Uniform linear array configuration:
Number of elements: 12
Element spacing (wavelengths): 0.5
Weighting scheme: kaiser
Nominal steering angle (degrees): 15
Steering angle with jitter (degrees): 15.32
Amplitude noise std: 0.05
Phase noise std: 0.05

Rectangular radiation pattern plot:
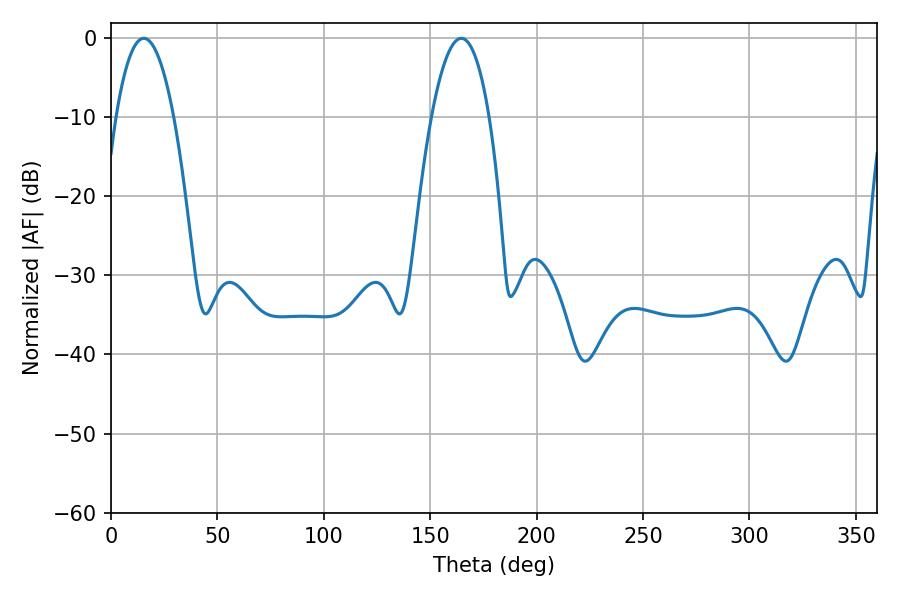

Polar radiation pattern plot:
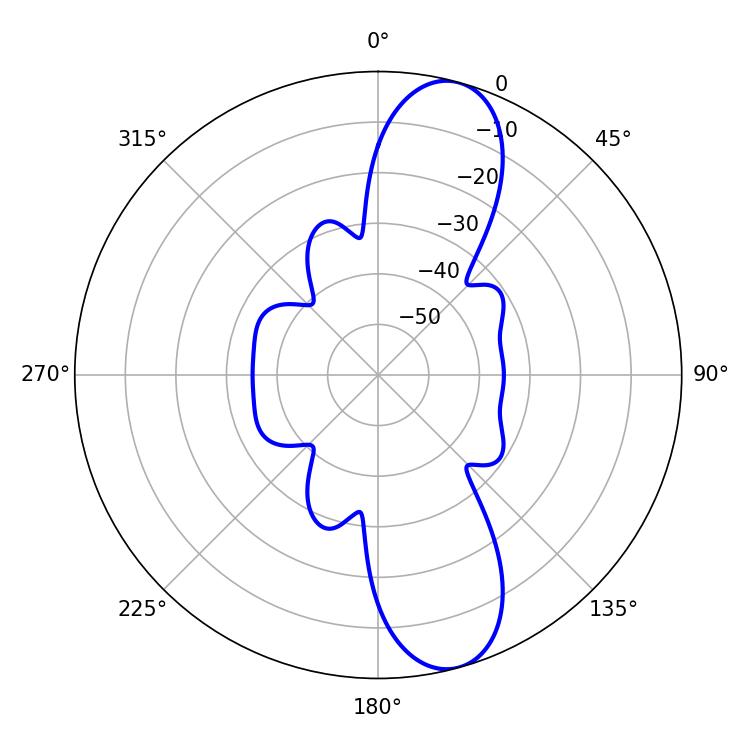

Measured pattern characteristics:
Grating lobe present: FALSE
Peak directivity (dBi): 11.231
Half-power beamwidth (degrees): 14.94
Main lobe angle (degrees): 15.48